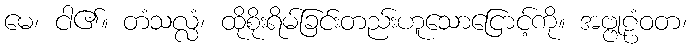
မေ၊ ငါ၏။ တံသလ္လံ၊ ထိုစိုးရိမ်ခြင်းတည်းဟူသောငြောင့်ကို။ အဗ္ဗုဠံဝတ၊